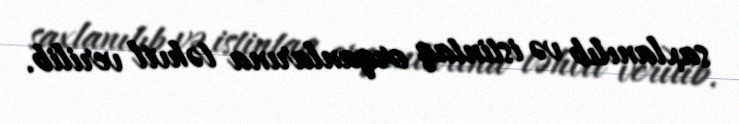
saxlanılıb və istintaq orqanlarına təhvil verilib.